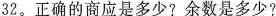
32。正确的商应是多少?余数是多少?